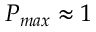
P _ { m a x } \approx 1